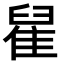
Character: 𨿀